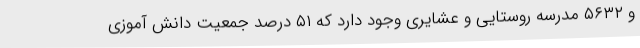
و ۵۶۳۲ مدرسه روستایی و عشایری وجود دارد که ۵۱ درصد جمعیت دانش آموزی